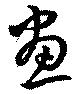
畫